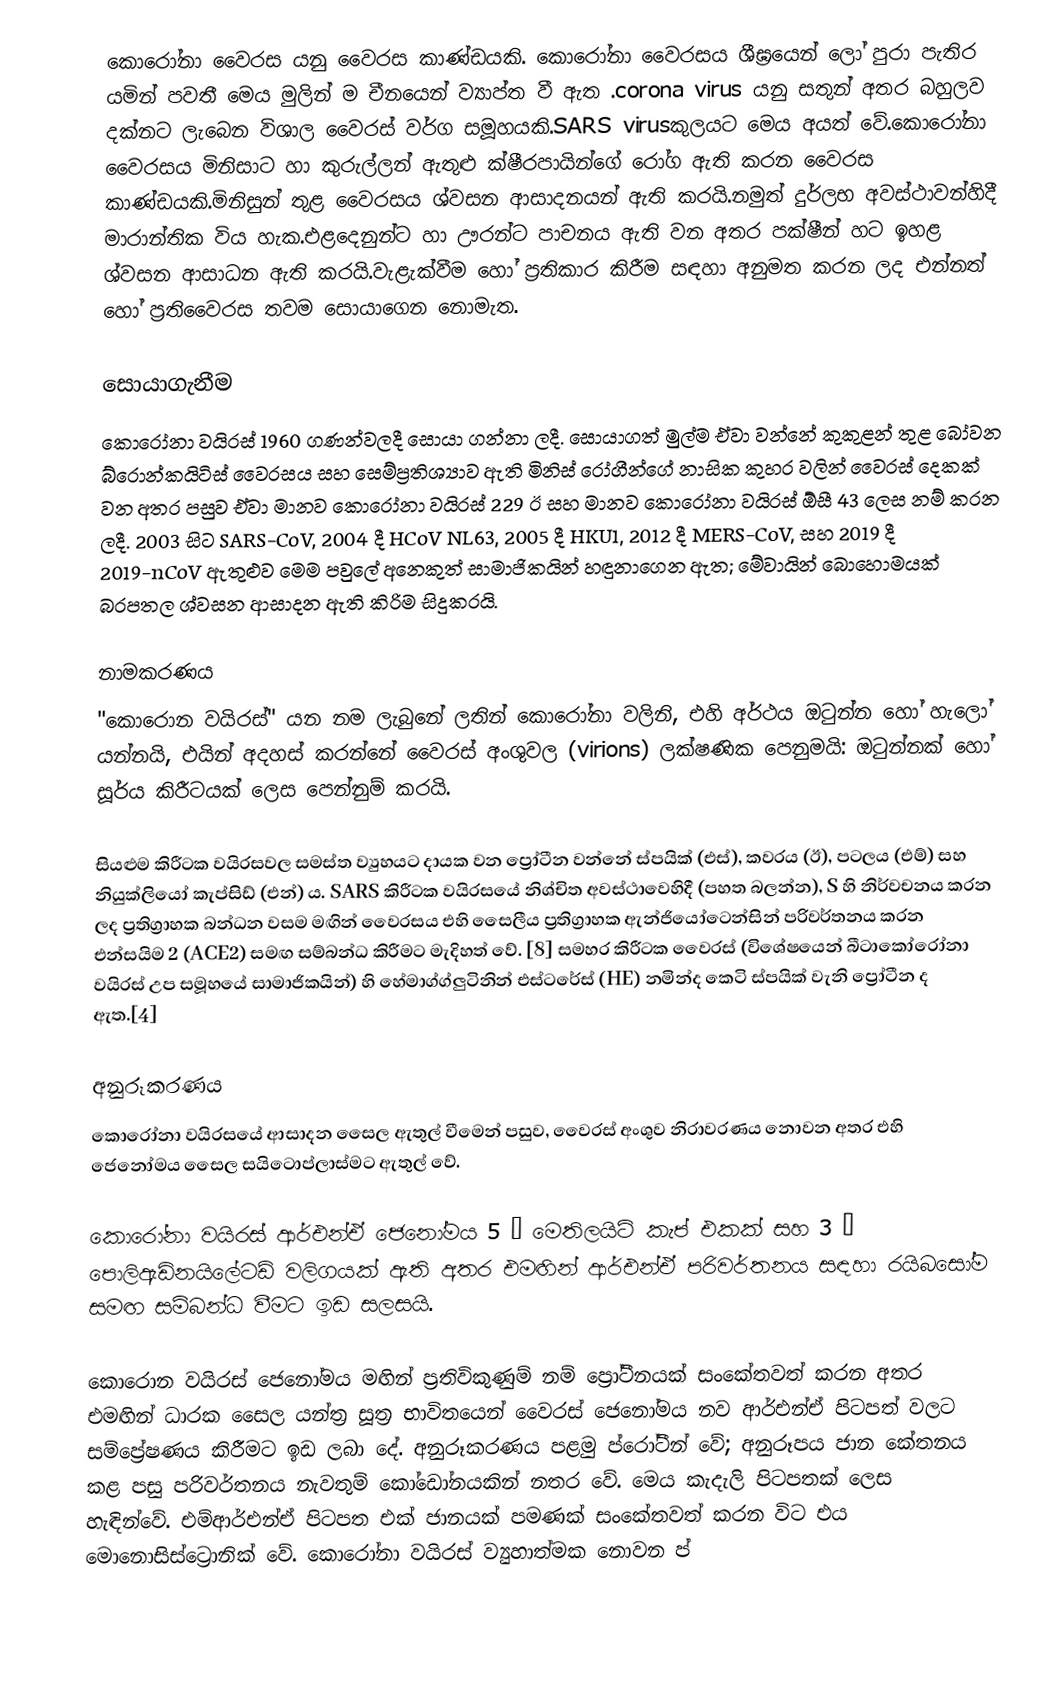
කොරෝනා වෛරස යනු වෛරස කාණ්ඩයකි.  කොරෝනා වෛරසය  ශීඝ්‍රයෙන් ලෝ පුරා පැතිර යමින් පවතී මෙය මුලින් ම චීනයෙන් ව්‍යාප්ත වී ඇත .corona virus යනු සතුන් අතර බහුලව දක්නට ලැබෙන විශාල වෛරස් වර්ග සමූහයකි.SARS virusකුලයට මෙය අයත් වේ.කොරෝනා වෛරසය මිනිසාට හා කුරුල්ලන් ඇතුළු ක්ෂීරපායින්ගේ රෝග ඇති කරන වෛරස කාණ්ඩයකි.මිනිසුන් තුළ වෛරසය ශ්වසන ආසාදනයන් ඇති කරයි.නමුත් දුර්ලභ අවස්ථාවන්හිදී මාරාන්තික විය හැක.එළදෙනුන්ට හා ඌරන්ට පාචනය ඇති වන අතර පක්ෂීන් හට ඉහළ ශ්වසන ආසාධන ඇති කරයි.වැළැක්වීම හෝ ප්‍රතිකාර කිරීම සඳහා අනුමත කරන ලද එන්නත් හෝ ප්‍රතිවෛරස තවම සොයාගෙන නොමැත.

සොයාගැනීම
කොරෝනා වයිරස් 1960 ගණන්වලදී සොයා ගන්නා ලදී. සොයාගත් මුල්ම ඒවා වන්නේ කුකුළන් තුළ බෝවන බ්රොන්කයිටිස් වෛරසය සහ සෙම්ප්‍රතිශ්‍යාව ඇති මිනිස් රෝගීන්ගේ නාසික කුහර වලින් වෛරස් දෙකක් වන අතර පසුව ඒවා මානව කොරෝනා වයිරස් 229 ඊ සහ මානව කොරෝනා වයිරස් ඕසී 43 ලෙස නම් කරන ලදී. 2003 සිට SARS-CoV, 2004 දී HCoV NL63, 2005 දී HKU1, 2012 දී MERS-CoV, සහ 2019 දී 2019-nCoV ඇතුළුව මෙම පවුලේ අනෙකුත් සාමාජිකයින් හඳුනාගෙන ඇත; මේවායින් බොහොමයක් බරපතල ශ්වසන ආසාදන ඇති කිරිම සිදුකරයි.

නාමකරණය
"කොරොන වයිරස්" යන නම ලැබුනේ ලතින් කොරෝනා වලිනි, එහි අර්ථය ඔටුන්න හෝ හැලෝ යන්නයි, එයින් අදහස් කරන්නේ වෛරස් අංශුවල (virions) ලක්ෂණික පෙනුමයි:  ඔටුන්නක් හෝ සූර්ය කිරීටයක් ලෙස පෙන්නුම් කරයි.

සියළුම කිරීටක වයිරසවල සමස්ත ව්‍යුහයට දායක වන ප්‍රෝටීන වන්නේ ස්පයික් (එස්), කවරය (ඊ), පටලය (එම්) සහ නියුක්ලියෝ කැප්සිඩ් (එන්) ය. SARS කිරීටක වයිරසයේ නිශ්චිත අවස්ථාවෙහිදී (පහත බලන්න), S හි නිර්වචනය කරන ලද ප්‍රතිග්‍රාහක බන්ධන වසම මඟින් වෛරසය එහි සෛලීය ප්‍රතිග්‍රාහක ඇන්ජියෝටෙන්සින් පරිවර්තනය කරන එන්සයිම 2 (ACE2) සමඟ සම්බන්ධ කිරීමට මැදිහත් වේ. [8] සමහර කිරීටක වෛරස් (විශේෂයෙන් බීටාකෝරෝනා වයිරස් උප සමූහයේ සාමාජිකයින්) හි හේමාග්ග්ලුටිනින් එස්ටරේස් (HE) නමින්ද කෙටි ස්පයික් වැනි ප්‍රෝටීන ද ඇත.[4]

අනුරූකරණය
කොරෝනා වයිරසයේ ආසාදන සෛල ඇතුල් වීමෙන් පසුව, වෛරස් අංශුව නිරාවරණය නොවන අතර එහි ජෙනෝමය සෛල සයිටොප්ලාස්මට ඇතුල් වේ.

කොරෝනා වයිරස් ආර්එන්ඒ ජෙනෝමය 5 ′ මෙතිලයිට් කැප් එකක් සහ 3 ′ පොලිඇඩිනයිලේටඩ් වලිගයක් ඇති අතර එමඟින් ආර්එන්ඒ පරිවර්තනය සඳහා රයිබසෝම සමඟ සම්බන්ධ වීමට ඉඩ සලසයි.

කොරොන වයිරස් ජෙනෝමය මඟින් ප්‍රතිවිකුණුම් නම් ප්‍රෝටීනයක් සංකේතවත් කරන අතර එමඟින් ධාරක සෛල යන්ත්‍ර සූත්‍ර භාවිතයෙන් වෛරස් ජෙනෝමය නව ආර්එන්ඒ පිටපත් වලට සම්ප්‍රේෂණය කිරීමට ඉඩ ලබා දේ. අනුරූකරණය පළමු ප්රෝටීන් වේ; අනුරූපය ජාන කේතනය කළ පසු පරිවර්තනය නැවතුම් කෝඩෝනයකින් නතර වේ. මෙය කැදැලි පිටපතක් ලෙස හැඳින්වේ. එම්ආර්එන්ඒ පිටපත එක් ජානයක් පමණක් සංකේතවත් කරන විට එය මොනොසිස්ට්‍රොනික් වේ. කොරෝනා වයිරස් ව්‍යුහාත්මක නොවන ප්